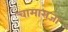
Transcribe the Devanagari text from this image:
चामाराजा